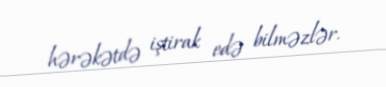
hərəkətdə iştirak edə bilməzlər.